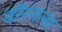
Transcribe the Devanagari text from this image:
वॉरनला